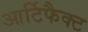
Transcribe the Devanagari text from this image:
आर्टिफैक्ट